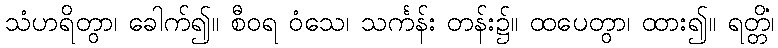
သံဟရိတွာ၊ ခေါက်၍။ စီဝရ ဝံသေ၊ သင်္ကန်း တန်း၌။ ထပေတွာ၊ ထား၍။ ရတ္တိံ၊